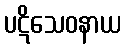
ပဋိသေဝနာယ